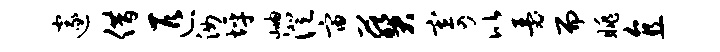
邃借匹汝坪岫澄宙葵寄比瑟而眺直